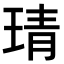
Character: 𤦭